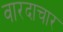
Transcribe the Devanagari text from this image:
वारदाचार